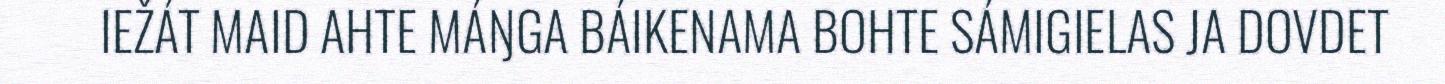
IEŽÁT MAID AHTE MÁŊGA BÁIKENAMA BOHTE SÁMIGIELAS JA DOVDET